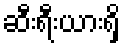
ဆီးရီးယားရှိ